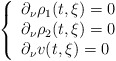
\begin{align*} \left\{ \begin{array}{l} \partial_\nu \rho_1(t, \xi) = 0 \\ \partial_\nu \rho_2(t, \xi) = 0 \\ \partial_\nu v(t, \xi) = 0 \end{array} \right.\end{align*}